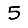
Digit: 5